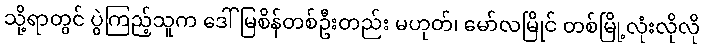
သို့ရာတွင် ပွဲကြည့်သူက ဒေါ်မြစိန်တစ်ဦးတည်း မဟုတ်၊ မော်လမြိုင် တစ်မြို့လုံးလိုလို